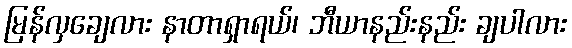
မြန်လှချေလား နာတာရှာရယ်၊ ဘီယာနည်းနည်း ချပါလား